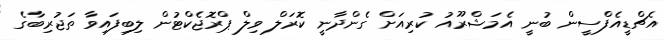
އެޗްޑީއެފްސީން ބުނީ އެމަޝްރޫއު ކުރިއަށް ގެންދާނީ ކޮރަލް ވިލް ޕްރޮޖެކްޓުން ލިބިފައިވާ ތަޖުރިބާގެ